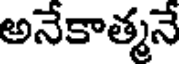
అనేకాత్మనే